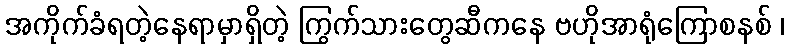
အကိုက်ခံရတဲ့နေရာမှာရှိတဲ့ ကြွက်သားတွေဆီကနေ ဗဟိုအာရုံကြောစနစ် ၊